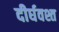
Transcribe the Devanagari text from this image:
दीर्घवश्त